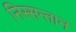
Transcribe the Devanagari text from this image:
निस्सन्तान